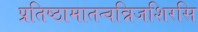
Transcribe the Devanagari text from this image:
प्रतिष्ठामातन्वन्निजशिरसि